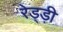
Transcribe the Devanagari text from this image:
रेड्ड़ी